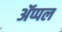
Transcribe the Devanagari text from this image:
ॲप्पल